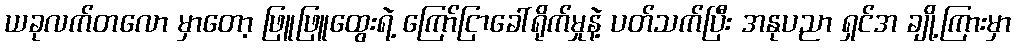
ယခုလက်တလော မှာတော့ ဖြူဖြူထွေးရဲ့ ကြော်ငြာခေါ်ရိုက်မှုနဲ့ ပတ်သက်ပြီး အနုပညာ ရှင်အ ချို့ကြားမှာ